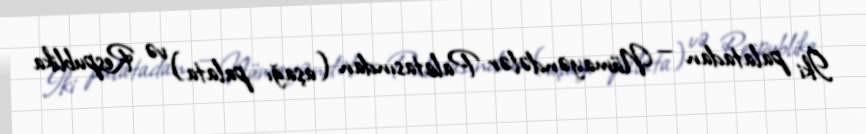
İki palatadan — Nümayəndələr Palatasından (aşağı palata) və Respublika